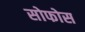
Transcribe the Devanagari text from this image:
सोफोस